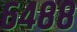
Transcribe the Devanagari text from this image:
६४८८